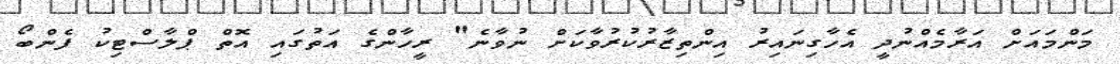
މަންމައަށް އަރާމެއްނުދީ އެހާގިނައިރު އިންތިޒާރުކުރުވާކަށް ނުވާނެ" ރީހާންގެ އަތުގައި އޮތް ޕްލާސްޓިކު ފެންބޯ